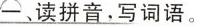
一、读拼音，写词语。